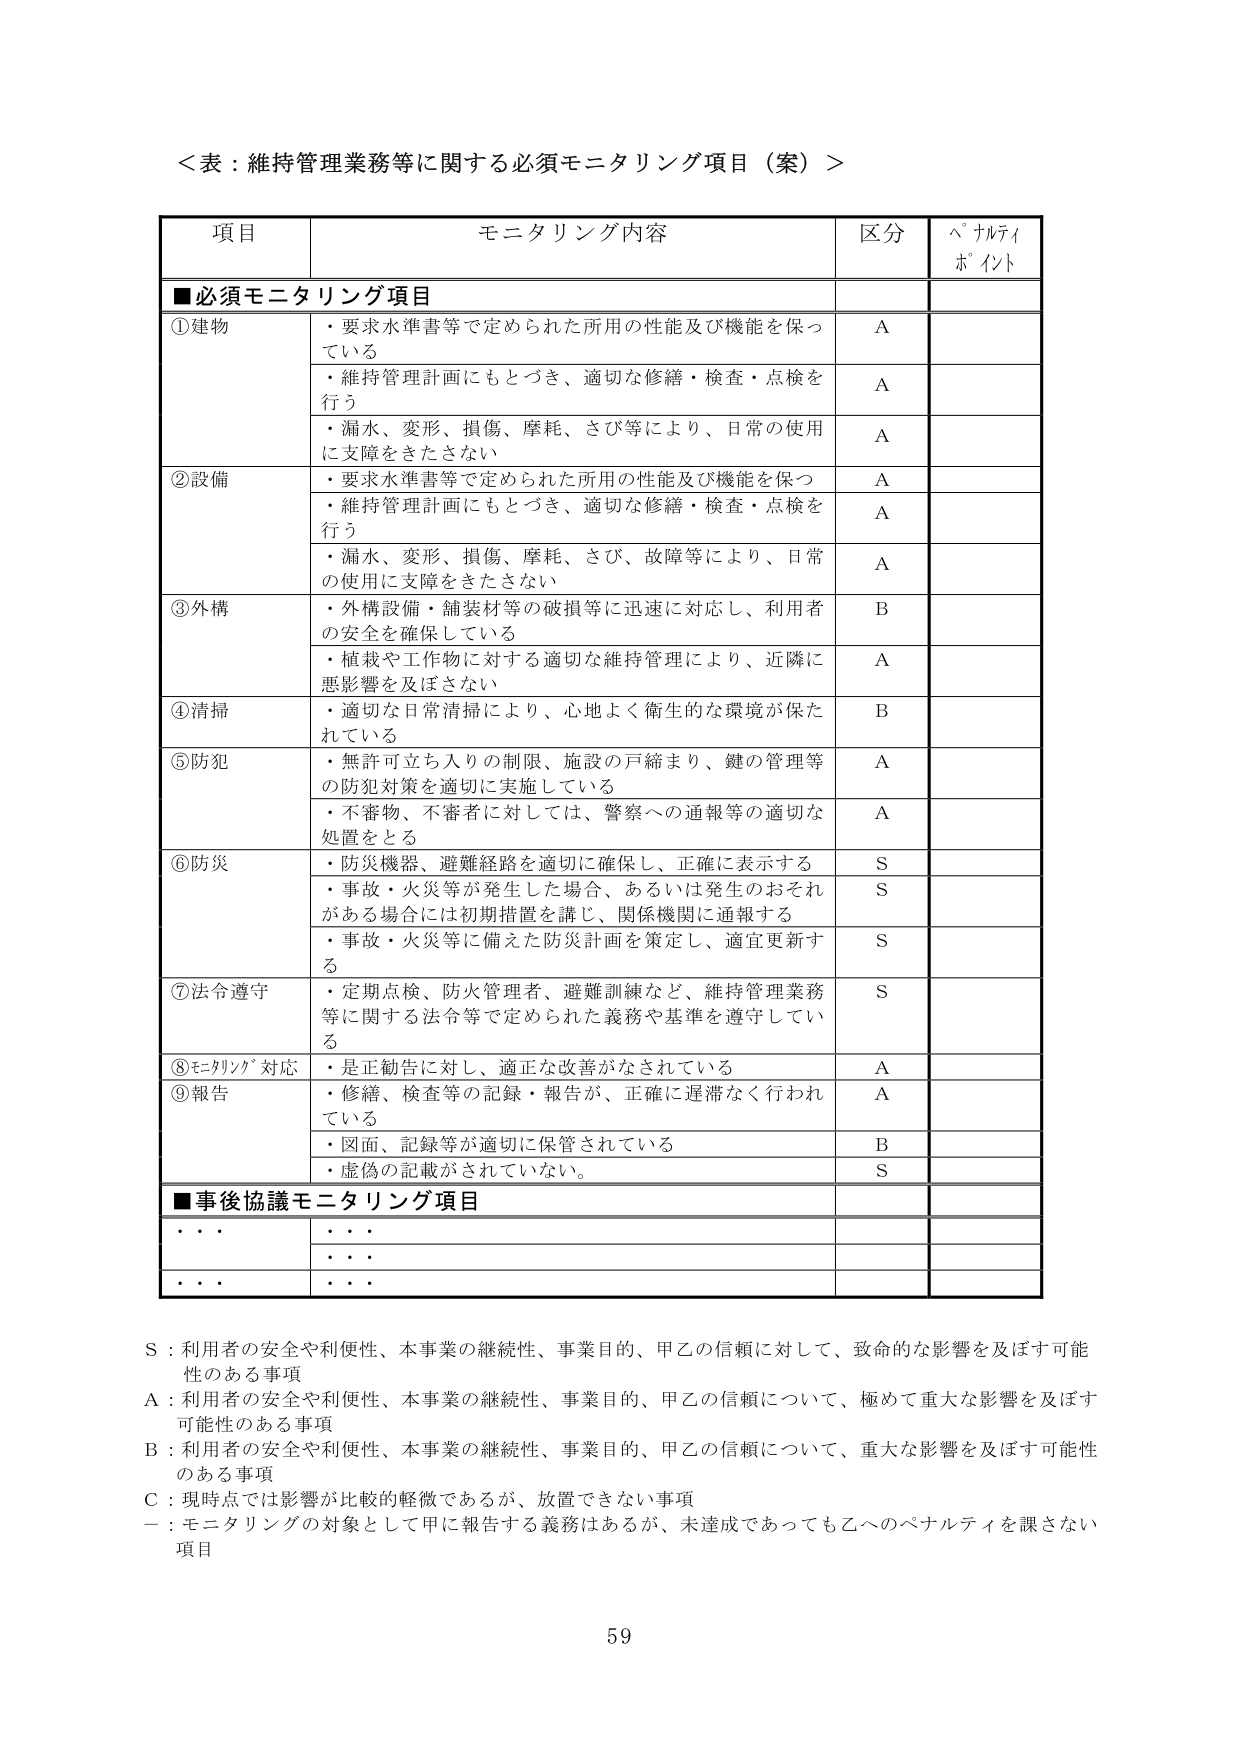
＜表：維持管理業務等に関する必須モニタリング項目（案）＞

項目 モニタリング内容 区分 ペナルティポイント

■必須モニタリング項目

①建物
・要求水準書等で定められた所用の性能及び機能を保っている A
・維持管理計画にもとづき、適切な修繕・検査・点検を行う A
・漏水、変形、損傷、摩耗、さび等により、日常の使用に支障をきたさない A

②設備
・要求水準書等で定められた所用の性能及び機能を保っている A
・維持管理計画にもとづき、適切な修繕・検査・点検を行う A
・漏水、変形、損傷、摩耗、さび、故障等により、日常の使用に支障をきたさない A

③外構
・外構設備・舗装材等の破損等に迅速に対応し、利用者の安全を確保している B
・植栽や工作物に対する適切な維持管理により、近隣に悪影響を及ぼさない A

④清掃
・適切な日常清掃により、心地よく衛生的な環境が保たれている B

⑤防犯
・無許可立ち入りの制限、施設の戸締まり、鍵の管理等の防犯対策を適切に実施している A
・不審物、不審者に対しては、警察への通報等の適切な処置をとる A

⑥防災
・防災機器、避難経路を適切に確保し、正確に表示する S
・事故・火災等が発生した場合、あるいは発生のおそれがある場合には初期措置を講じ、関係機関に通報する S
・事故・火災等に備えた防災計画を策定し、適宜更新する S

⑦法令遵守
・定期点検、防火管理者、避難訓練など、維持管理業務等に関する法令等で定められた義務や基準を遵守している S

⑧モニタリング対応
・是正勧告に対し、適正な改善がなされている A

⑨報告
・修繕、検査等の記録・報告が、正確に遅滞なく行われている A
・図面、記録等が適切に保管されている B
・虚偽の記載がされていない。 S

■事後協議モニタリング項目
・・・ ・・・
・・・ ・・・
・・・ ・・・

S：利用者の安全や利便性、本事業の継続性、事業目的、甲乙の信頼に対して、致命的な影響を及ぼす可能性のある事項
A：利用者の安全や利便性、本事業の継続性、事業目的、甲乙の信頼について、極めて重大な影響を及ぼす可能性のある事項
B：利用者の安全や利便性、本事業の継続性、事業目的、甲乙の信頼について、重大な影響を及ぼす可能性のある事項
C：現時点では影響が比較的軽微であるが、放置できない事項
－：モニタリングの対象として甲に報告する義務はあるが、未達成であっても乙へのペナルティを課さない項目

59